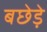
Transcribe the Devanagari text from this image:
बछेड़े